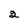
Character: 2